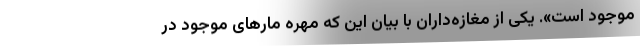
موجود است». یکی از مغازه‌داران با بیان این که مهره مارهای موجود در